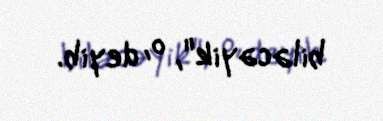
biləcəyik", o, deyib.